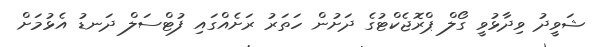
ޝަވީދު ވިދާޅުވީ ގޯލް ޕްރޮޖެކްޓުގެ ދަށުން ހަތަރު ރަށެއްގައި ފުޓްސަލް ދަނޑު އެޅުމަށް